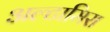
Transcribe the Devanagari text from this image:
अल्टामिरा